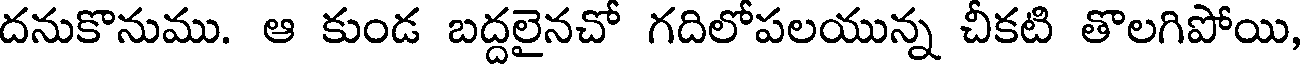
దనుకొనుము. ఆ కుండ బద్దలైనచో గదిలోపలయున్న చీకటి తొలగిపోయి,